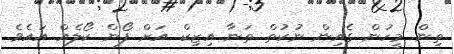
ތިން މީހުން ގެއިން ނުކުތް ތަނާ އިޒިކް އަށް ފޯން ކޯލެއް އައެވެ.